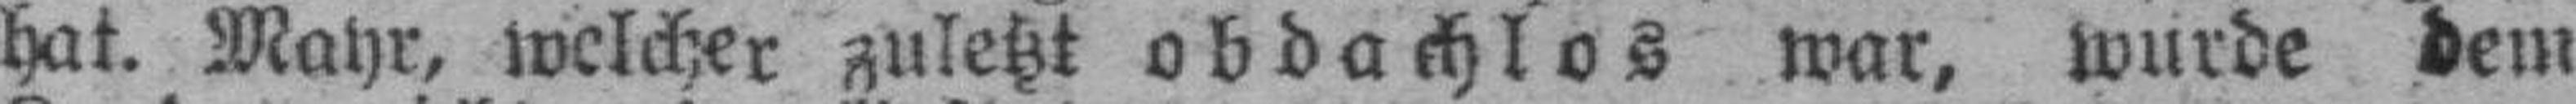
hat. Mayr, welcher zuletzt obdachlos war, wurde dem